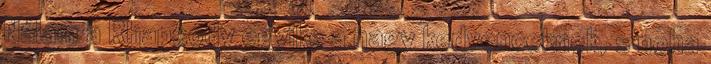
Nálam a Rhapsody egyike a nagy kedvenceknek, s noha